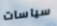
سياسات